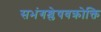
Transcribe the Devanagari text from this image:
सभंगश्लेषवक्रोक्ति